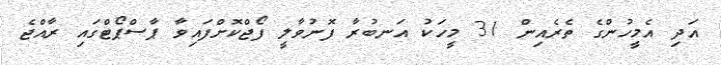
އަދި އެމީހުންގެ ތެރެއިން 31 މީހަކު އަނބުރާ ފޮނުވާލީ ފޯޖްކޮށްފައިވާ ޕާސްޕޯޓްގައި ރާއްޖެ